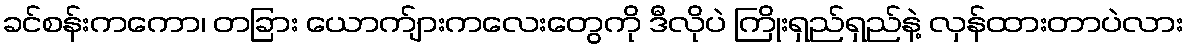
ခင်စန်းကကော၊ တခြား ယောက်ျားကလေးတွေကို ဒီလိုပဲ ကြိုးရှည်ရှည်နဲ့ လှန်ထားတာပဲလား